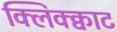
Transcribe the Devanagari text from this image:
क्लिक्क्वाट